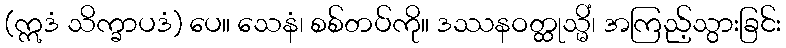
(ဣဒံ သိက္ခာပဒံ) ပေ။ သေနံ၊ စစ်တပ်ကို။ ဒဿနဝတ္ထုသ္မိံ၊ အကြည့်သွားခြင်း